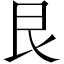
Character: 艮